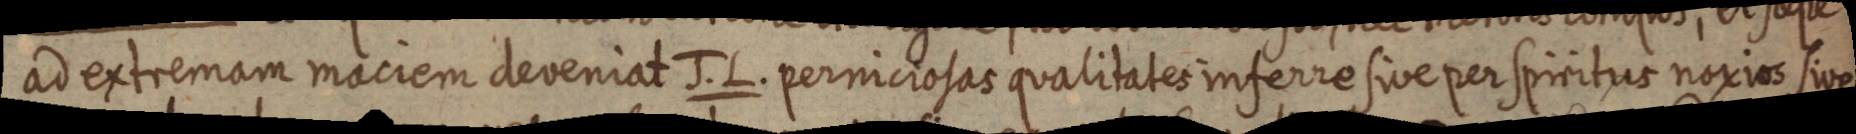
ad extremam maciem deveniat J. L. perniciosas qualitates inferre sive per spiritus noxios sive